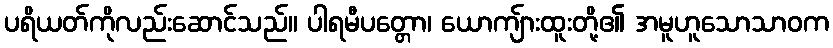
ပရိယတ်ကိုလည်းဆောင်သည်။ ပါရမီပတ္တော၊ ယောကျ်ားထူးတို့၏ အမူဟူသောသာဝက